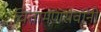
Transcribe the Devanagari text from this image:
चितामणरावांनी